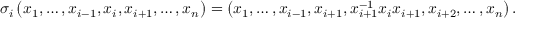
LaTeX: \sigma _ { i } \left( x _ { 1 } , \ldots , x _ { i - 1 } , x _ { i } , x _ { i + 1 } , \ldots , x _ { n } \right) = \left( x _ { 1 } , \ldots , x _ { i - 1 } , x _ { i + 1 } , x _ { i + 1 } ^ { - 1 } x _ { i } x _ { i + 1 } , x _ { i + 2 } , \ldots , x _ { n } \right) .